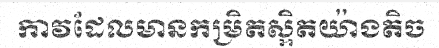
កាវដែលមានកម្រិតស្អិតយ៉ាងតិច